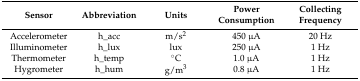
<table><thead><tr><td><b>Sensor</b></td><td><b>Abbreviation</b></td><td><b>Units</b></td><td><b>Power Consumption</b></td><td><b>Collecting Frequency</b></td></tr></thead><tbody><tr><td>Accelerometer</td><td>h_acc</td><td>m/s<sup>2</sup></td><td>450 μA</td><td>20 Hz</td></tr><tr><td>Illuminometer</td><td>h_lux</td><td>lux</td><td>250 μA </td><td>1 Hz</td></tr><tr><td>Thermometer</td><td>h_temp</td><td>°C</td><td>1.0 μA </td><td>1 Hz</td></tr><tr><td>Hygrometer</td><td>h_hum</td><td>g/m<sup>3</sup></td><td>0.8 μA </td><td>1 Hz</td></tr></tbody></table>